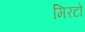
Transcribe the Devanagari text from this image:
मिरटो